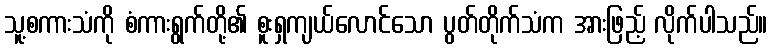
သူ့စကားသံကို စံကားရွက်တို့၏ စူးရှကျယ်လောင်သော ပွတ်တိုက်သံက အားဖြည့် လိုက်ပါသည်။